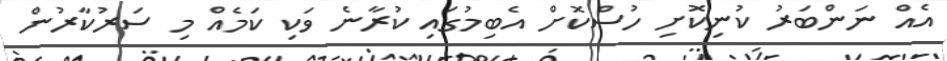
އެއް ނަންބަރު ކުނިކޮށި ހުސްކޮށް އެބިމުގައި ކުރާނެ ވަކި ކަމެއް މި ސަރުކާރުން